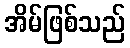
အိမ်ဖြစ်သည်